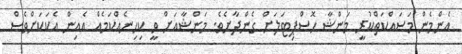
އެންމެން މަސައްކަތްކުރީ މަންޝާ ހޮސްޕިޓަލަށް ގެންދާށެވެ. މަންޝާއަށް ވީ ކިހިނެއްކަމެއް އެއިން އެކަކަށްވެސް